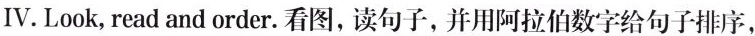
Ⅳ.Look read and order.看图，读句子，并用阿拉伯数字给句子排序，